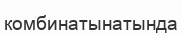
комбинатынатында